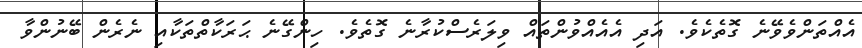
އެއްތަންވެވޭނެ ގޮތެކެވެ. އަދި އެއެއްވުންތައް ވިލަރެސްކުރާނެ ގޮތެވެ. ހިންގޭނެ ޙަރަކާތްތަކާއި ނެރެން ބޭނުންވާ